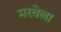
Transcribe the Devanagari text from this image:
मरबेला